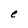
Character: e